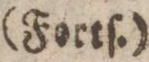
(Fortſ.)